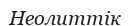
Неолиттік